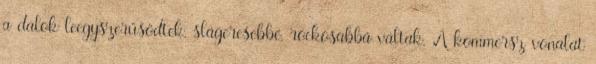
a dalok leegyszerűsödtek, slágeresebbé, rockosabbá váltak. A kommersz vonalat